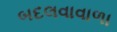
બદલવાવાળા